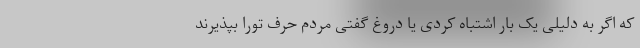
که اگر به دلیلی یک بار اشتباه کردی یا دروغ گفتی مردم حرف تو‌را بپذیرند